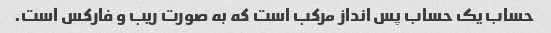
حساب یک حساب پس انداز مرکب است که به صورت ریب و فارکس است.